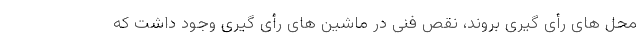
محل های رأی گیری بروند، نقص فنی در ماشین های رأی گیری وجود داشت که